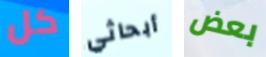
كل أبحاثي بعض